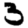
Digit: 3